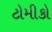
ટોમીકો